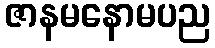
ဇာနမနောမပည